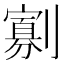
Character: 𭄖